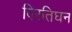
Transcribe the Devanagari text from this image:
विरतिघन